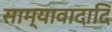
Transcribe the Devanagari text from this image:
साम्यावादादि